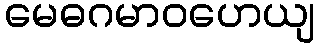
မေဓဂမာဝဟေယျ